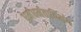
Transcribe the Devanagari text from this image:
धर्मधर्मताविभंग